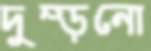
দুম্‌ড়নো